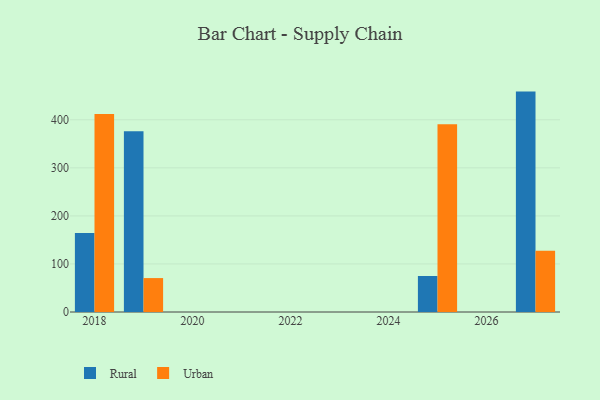
{"axis": {"x": "Year", "y": "Website Visitors"}, "legend": ["Rural", "Urban"], "data": [{"x": "2018", "y": 164.4, "type": "Rural"}, {"x": "2018", "y": 412.0, "type": "Urban"}, {"x": "2027", "y": 458.7, "type": "Rural"}, {"x": "2027", "y": 127.4, "type": "Urban"}, {"x": "2019", "y": 376.2, "type": "Rural"}, {"x": "2019", "y": 70.6, "type": "Urban"}, {"x": "2025", "y": 74.9, "type": "Rural"}, {"x": "2025", "y": 390.9, "type": "Urban"}]}